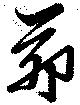
茆